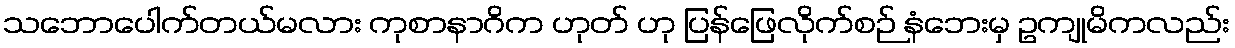
သဘောပေါက်တယ်မလား ကုစာနာဂိက ဟုတ် ဟု ပြန်ဖြေလိုက်စဉ် နံဘေးမှ ဥကျုမိကလည်း